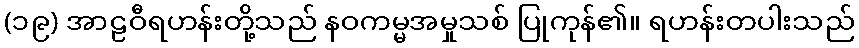
(၁၉) အာဠဝီရဟန်းတို့သည် နဝကမ္မအမှုသစ် ပြုကုန်၏။ ရဟန်းတပါးသည်